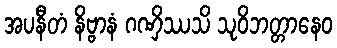
အပနီတံ နိဗ္ဗာနံ ဂဏှိဿသိ သုဝိဘတ္တာနေဝ